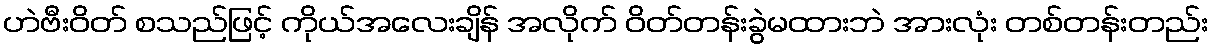
ဟဲဗီးဝိတ် စသည်ဖြင့် ကိုယ်အလေးချိန် အလိုက် ဝိတ်တန်းခွဲမထားဘဲ အားလုံး တစ်တန်းတည်း